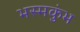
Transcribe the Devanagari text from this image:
भस्मकुंभ